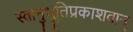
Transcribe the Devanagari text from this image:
स्वानुभूतिप्रकाशवान्